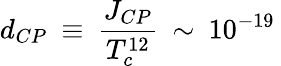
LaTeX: d_{CP}\: \equiv\: \frac{J_{CP}}{T_{c}^{12}}\: \sim\: 10^{-19}\: